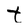
Character: t